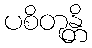
ပစိတုန္တိ